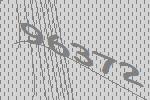
96372